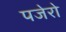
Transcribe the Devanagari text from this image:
पजेरो